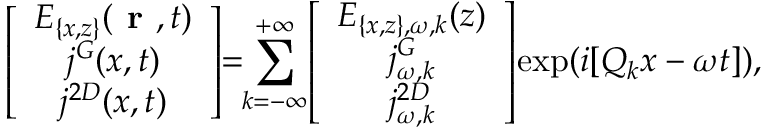
\left[ \begin{array} { c } { E _ { \{ x , z \} } ( \textbf { r } , t ) } \\ { j ^ { G } ( x , t ) } \\ { j ^ { 2 D } ( x , t ) } \end{array} \right] \! \! = \! \! \sum _ { k = - \infty } ^ { + \infty } \! \left[ \begin{array} { c } { E _ { \{ x , z \} , \omega , k } ( z ) } \\ { j _ { \omega , k } ^ { G } } \\ { j _ { \omega , k } ^ { 2 D } } \end{array} \right] \! \exp ( i [ Q _ { k } x - \omega t ] ) ,